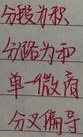
分微为积，分积为和，单一微有，分又等于。